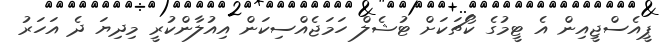
ޕީއެސްޖީއިން އެ ޓީމުގެ ކޯޗަކަށް ޓުޝެލް ހަމަޖެއްސިކަން އިއުލާންކުރީ މިދިޔަ ދެ އަހަރު